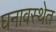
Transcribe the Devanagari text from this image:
घनावस्थेत